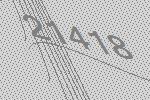
21418